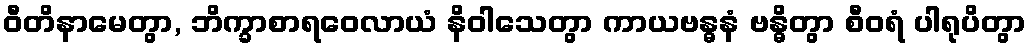
ဝီတိနာမေတွာ, ဘိက္ခာစာရဝေလာယံ နိဝါသေတွာ ကာယဗန္ဓနံ ဗန္ဓိတွာ စီဝရံ ပါရုပိတွာ